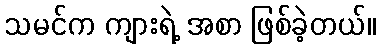
သမင်က ကျားရဲ့ အစာ ဖြစ်ခဲ့တယ်။